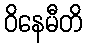
ဝိနေမီတိ